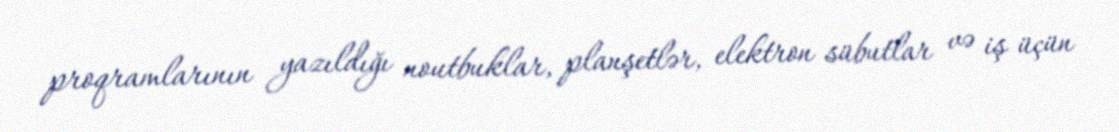
proqramlarının yazıldığı noutbuklar, planşetlər, elektron sübutlar və iş üçün